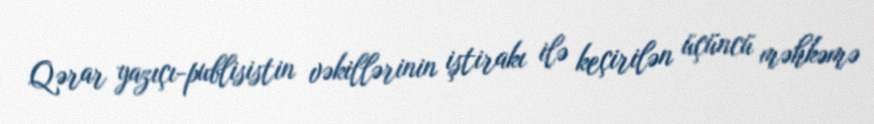
Qərar yazıçı-publisistin vəkillərinin iştirakı ilə keçirilən üçüncü məhkəmə